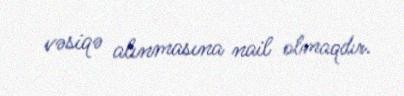
vəsiqə alınmasına nail olmaqdır.